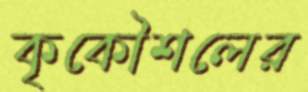
কৃকৌশলের